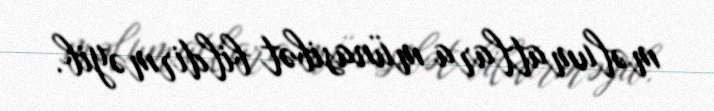
məlumatlara münasibət bildirməyib.